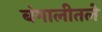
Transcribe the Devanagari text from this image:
बंगालीतले